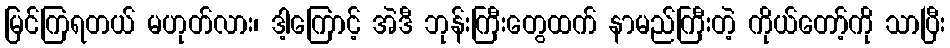
မြင်ကြရတယ် မဟုတ်လား၊ ဒါ့ကြောင့် အဲဒီ ဘုန်းကြီးတွေထက် နာမည်ကြီးတဲ့ ကိုယ်တော့်ကို သာပြီး